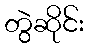
တွဲဆိုင်း